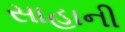
સાહાની